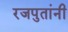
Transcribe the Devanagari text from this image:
रजपुतांनी